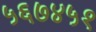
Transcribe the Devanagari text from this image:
५६७४५१